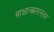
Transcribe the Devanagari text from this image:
साक्षात्कारानंतर